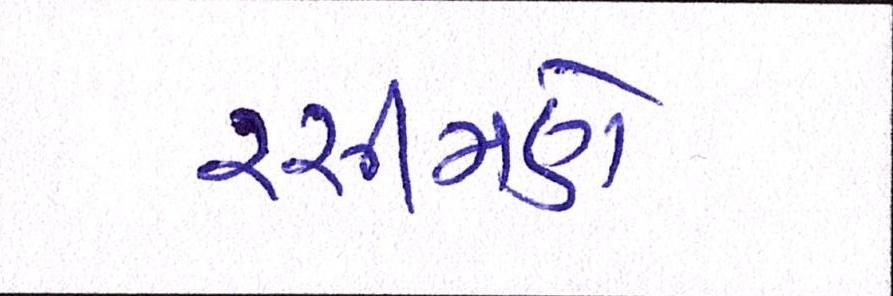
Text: રસીમણે